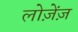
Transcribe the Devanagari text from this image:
लोज़ेंज़